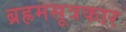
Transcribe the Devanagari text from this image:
ब्रह्रमसूत्रकार